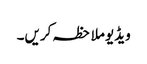
ویڈیو ملاحظہ کریں۔